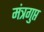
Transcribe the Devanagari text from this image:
मंत्रगुप्त